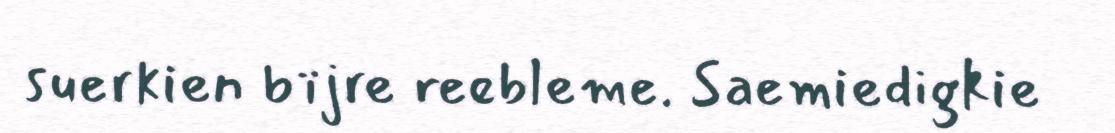
suerkien bïjre reebleme. Saemiedigkie